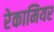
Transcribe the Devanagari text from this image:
रेकामियर